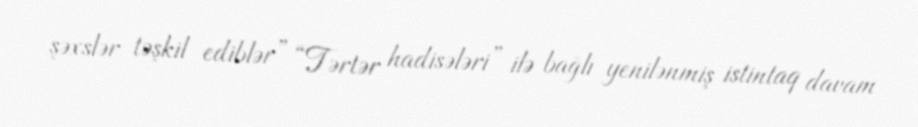
şəxslər təşkil ediblər” “Tərtər hadisələri” ilə bağlı yenilənmiş istintaq davam